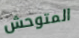
المتوحش